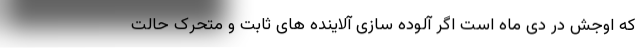
که اوجش در دی ماه است اگر آلوده سازی آلاینده های ثابت و متحرک حالت